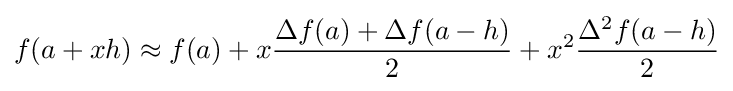
f(a+xh)\approx f(a)+x{\frac {\Delta f(a)+\Delta f(a-h)}{2}}+x^{2}{\frac {\Delta ^{2}f(a-h)}{2}}